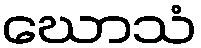
ဃောသံ